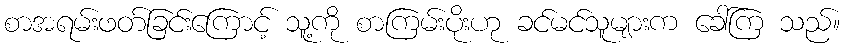
စာအရမ်းဖတ်ခြင်းကြောင့် သူ့ကို စာကြမ်းပိုးဟု ခင်မင်သူများက ခေါ်ကြ သည်။